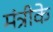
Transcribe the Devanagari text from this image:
मंत्रीके